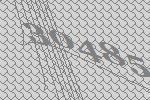
30485